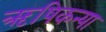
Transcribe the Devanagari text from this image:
ऋषिकन्या